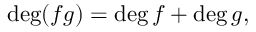
\deg ( f g ) = \deg f + \deg g ,